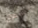
إسمع